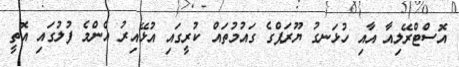
އޮސްޓްރޭލިއާ އާއި ހުޅަނގު ޔޫރަޕްގެ ގައުމުތައް ކުރީގައި އުޅޭއިރު އެންމެ ފުލުގައި އޮތީ